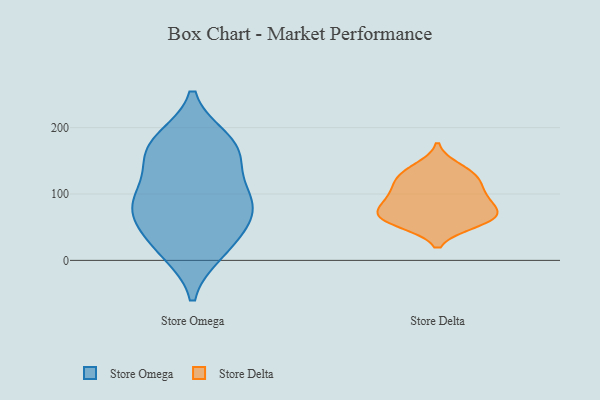
{"axis": {"x": "Operating Costs (USD K)", "y": "Value"}, "legend": ["Store Delta", "Store Omega"], "data": [{"x": "", "y": 80, "type": "Store Omega"}, {"x": "", "y": 165, "type": "Store Omega"}, {"x": "", "y": 13, "type": "Store Omega"}, {"x": "", "y": 83, "type": "Store Omega"}, {"x": "", "y": 98, "type": "Store Omega"}, {"x": "", "y": 50, "type": "Store Omega"}, {"x": "", "y": 82, "type": "Store Omega"}, {"x": "", "y": 145, "type": "Store Omega"}, {"x": "", "y": 95, "type": "Store Omega"}, {"x": "", "y": 14, "type": "Store Omega"}, {"x": "", "y": 181, "type": "Store Omega"}, {"x": "", "y": 162, "type": "Store Omega"}, {"x": "", "y": 178, "type": "Store Omega"}, {"x": "", "y": 41, "type": "Store Omega"}, {"x": "", "y": 116, "type": "Store Delta"}, {"x": "", "y": 56, "type": "Store Delta"}, {"x": "", "y": 128, "type": "Store Delta"}, {"x": "", "y": 57, "type": "Store Delta"}, {"x": "", "y": 69, "type": "Store Delta"}, {"x": "", "y": 95, "type": "Store Delta"}, {"x": "", "y": 92, "type": "Store Delta"}, {"x": "", "y": 126, "type": "Store Delta"}, {"x": "", "y": 70, "type": "Store Delta"}, {"x": "", "y": 73, "type": "Store Delta"}, {"x": "", "y": 100, "type": "Store Delta"}, {"x": "", "y": 65, "type": "Store Delta"}, {"x": "", "y": 140, "type": "Store Delta"}]}